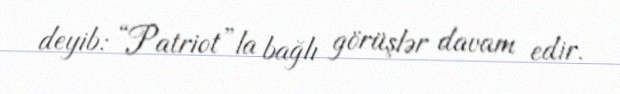
deyib: “Patriot”la bağlı görüşlər davam edir.